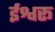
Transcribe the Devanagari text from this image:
ईश्वरू